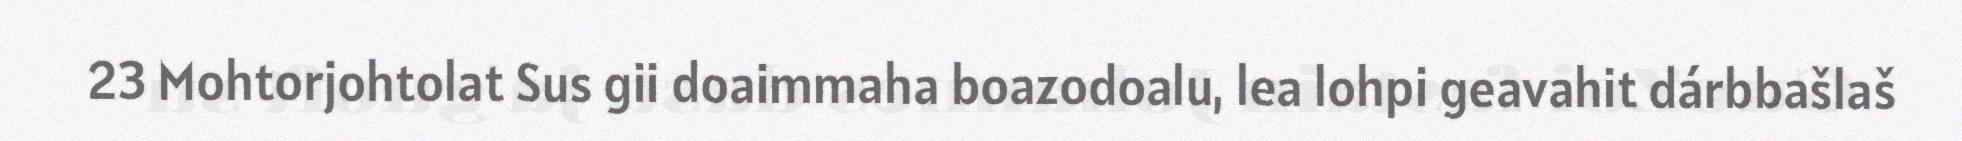
23 Mohtorjohtolat Sus gii doaimmaha boazodoalu, lea lohpi geavahit dárbbašlaš